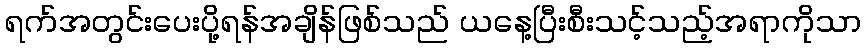
ရက်အတွင်းပေးပို့ရန်အချိန်ဖြစ်သည် ယနေ့ပြီးစီးသင့်သည့်အရာကိုသာ